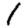
Digit: 1